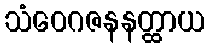
သံဝေဂဇနနတ္ထာယ